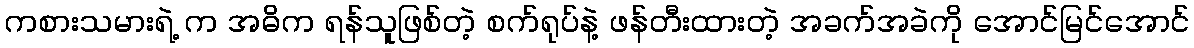
ကစားသမားရဲ့ က အဓိက ရန်သူဖြစ်တဲ့ စက်ရုပ်နဲ့ ဖန်တီးထားတဲ့ အခက်အခဲကို အောင်မြင်အောင်